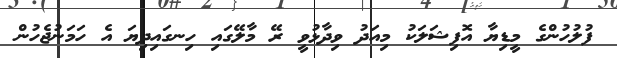
ފުލުހުންގެ މީޑިޔާ އޮފިޝަލަކު މިއަދު ވިދާޅުވީ ރޭ މާލޭގައި ހިނގައިދިޔަ އެ ހަމަނުޖެހުން